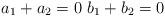
LaTeX: \begin{align*}a_1 + a_2= 0 \, \, b_1 + b_2 =0 \end{align*}